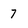
Character: 7